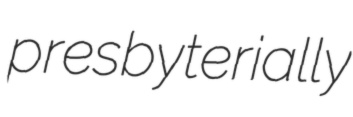
presbyterially